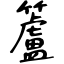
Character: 籚